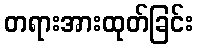
တရားအားထုတ်ခြင်း